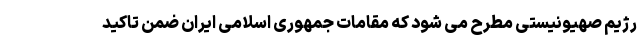
رژیم صهیونیستی مطرح می شود که مقامات جمهوری اسلامی ایران ضمن تاکید